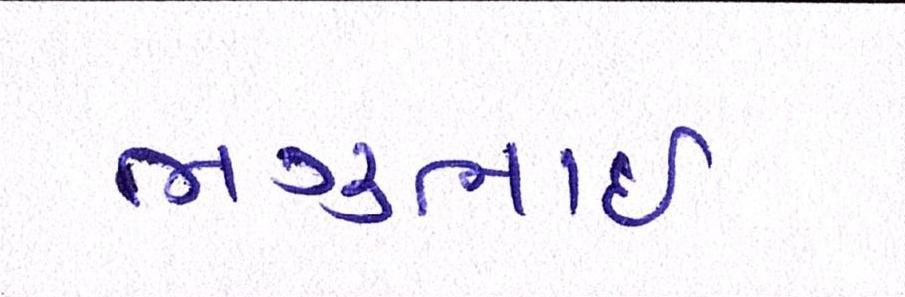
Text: ભગુભાઇ